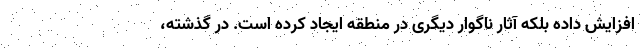
افزایش داده بلکه آثار ناگوار دیگری در منطقه ایجاد کرده است. در گذشته،